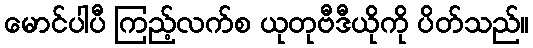
မောင်ပါပီ ကြည့်လက်စ ယုတုဗီဒီယိုကို ပိတ်သည်။